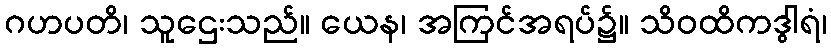
ဂဟပတိ၊ သူဌေးသည်။ ယေန၊ အကြင်အရပ်၌။ သိဝထိကဒွါရံ၊